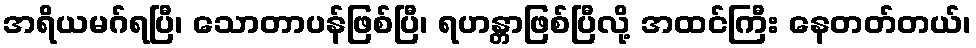
အရိယမဂ်ရပြီ၊ သောတာပန်ဖြစ်ပြီ၊ ရဟန္တာဖြစ်ပြီလို့ အထင်ကြီး နေတတ်တယ်၊